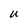
Character: U